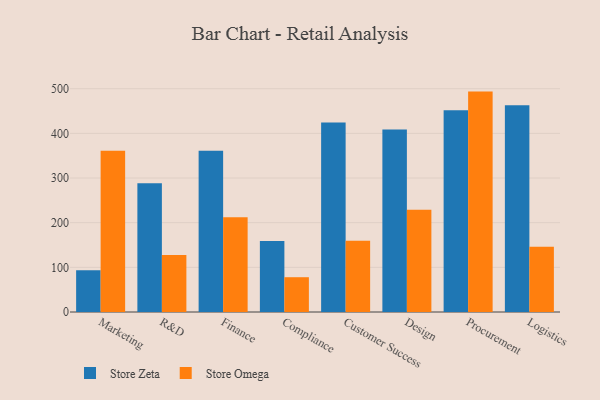
{"axis": {"x": "Department", "y": "Customer Acquisition Cost (USD)"}, "legend": ["Store Omega", "Store Zeta"], "data": [{"x": "Marketing", "y": 93.4, "type": "Store Zeta"}, {"x": "Marketing", "y": 361.2, "type": "Store Omega"}, {"x": "R&D", "y": 288.5, "type": "Store Zeta"}, {"x": "R&D", "y": 127.8, "type": "Store Omega"}, {"x": "Finance", "y": 360.9, "type": "Store Zeta"}, {"x": "Finance", "y": 212.2, "type": "Store Omega"}, {"x": "Compliance", "y": 159.0, "type": "Store Zeta"}, {"x": "Compliance", "y": 77.9, "type": "Store Omega"}, {"x": "Customer Success", "y": 424.2, "type": "Store Zeta"}, {"x": "Customer Success", "y": 159.7, "type": "Store Omega"}, {"x": "Design", "y": 408.7, "type": "Store Zeta"}, {"x": "Design", "y": 229.0, "type": "Store Omega"}, {"x": "Procurement", "y": 451.5, "type": "Store Zeta"}, {"x": "Procurement", "y": 493.5, "type": "Store Omega"}, {"x": "Logistics", "y": 463.0, "type": "Store Zeta"}, {"x": "Logistics", "y": 145.9, "type": "Store Omega"}]}